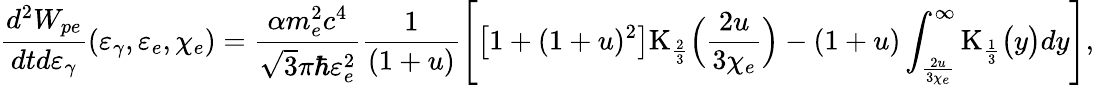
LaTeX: \frac{d^{2}W_{pe}}{dtd\varepsilon_{\gamma}}(\varepsilon_{\gamma},\varepsilon_{e},\chi_{e})=\frac{\alpha m_{e}^{2}c^{4}}{\sqrt{3}\pi\hbar\varepsilon_{e}^{2}}\frac{1}{(1+u)}\Biggl[\bigl[1+(1+u)^{2}\bigr]\mathrm{K}_{\frac{2}{3}}\Bigl(\frac{2u}{3\chi_{e}}\Bigr)-(1+u)\int_{\frac{2u}{3\chi_{e}}}^{\infty}\mathrm{K}_{\frac{1}{3}}\bigl(y\bigr)dy\Biggr],